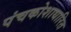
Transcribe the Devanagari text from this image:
पंचकोशाधारित